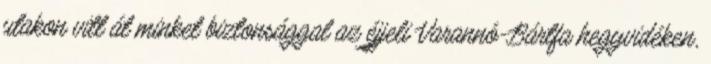
utakon vitt át minket biztonsággal az éjjeli Varannó-Bártfa hegyvidéken,